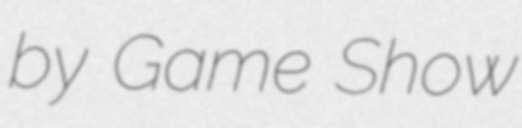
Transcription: by Game Show